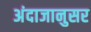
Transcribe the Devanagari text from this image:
अंदाजानुसर